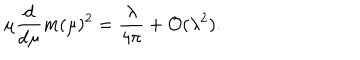
LaTeX: \mu \frac { d } { d \mu } m ( \mu ) ^ { 2 } = \frac { \lambda } { 4 \pi } + { \cal O } ( \lambda ^ { 2 } ) .